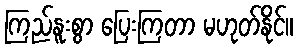
ကြည်နူးစွာ ပြေးကြတာ မဟုတ်နိုင်။